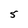
Character: 5